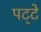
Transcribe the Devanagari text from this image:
पट्‍टे